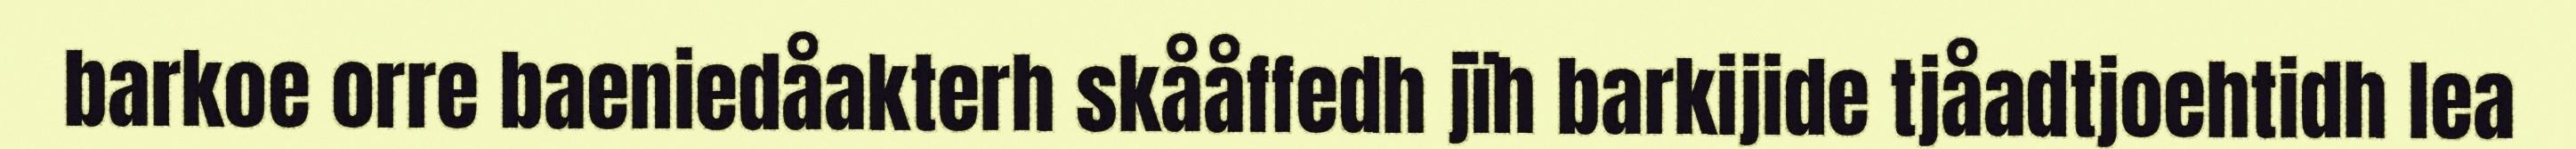
barkoe orre baeniedåakterh skååffedh jïh barkijide tjåadtjoehtidh lea